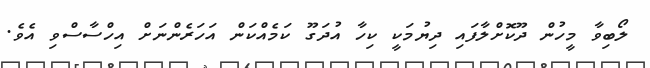
ލޯބިވާ މީހުން ދޫކޮށްލާފައި ދިޔުމަކީ ކިހާ އުދަގޫ ކަމެއްކަން އަހަރެންނަށް އިހްސާސްވި އެވެ.